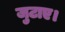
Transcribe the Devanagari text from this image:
जुटाए।